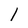
Character: l